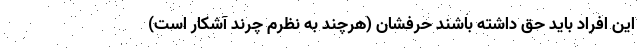
این افراد باید حق داشته باشند حرفشان (هرچند به نظرم چرندِ آشکار است)